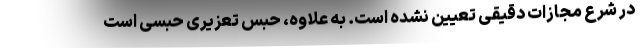
در شرع مجازات دقیقی تعیین نشده است. به علاوه، حبس تعزیری حبسی است